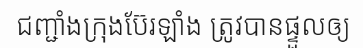
ជញ្ជាំងក្រុងប៊ែរឡាំង ត្រូវបានផ្ទួលឲ្យ